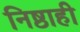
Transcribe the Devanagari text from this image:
निष्ठाही